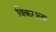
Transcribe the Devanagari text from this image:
विकराला